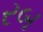
રબ